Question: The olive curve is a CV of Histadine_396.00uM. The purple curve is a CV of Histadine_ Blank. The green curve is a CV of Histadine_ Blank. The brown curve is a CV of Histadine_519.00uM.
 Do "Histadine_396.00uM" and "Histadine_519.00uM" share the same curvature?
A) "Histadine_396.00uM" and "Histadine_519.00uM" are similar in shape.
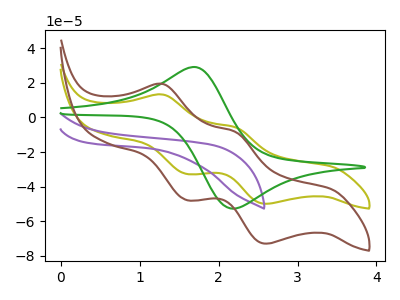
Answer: <think>The olive curve "Histadine_396.00uM" has anodic peaks at (1.30V, 13.20uA) (2.20V, -5.70uA) and cathodic peaks at (1.60V, -32.60uA) (2.60V, -49.85uA). The purple curve "Histadine_ Blank" has no peaks. The green curve "Histadine_ Blank" has an anodic peak at (1.70V, 29.05uA) and a cathodic peak at (2.20V, -52.65uA). The brown curve "Histadine_519.00uM" has anodic peaks at (1.30V, 19.30uA) (2.20V, -8.35uA) and cathodic peaks at (1.60V, -47.65uA) (2.60V, -72.85uA).
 All the peaks in "Histadine_396.00uM" have a peak in "Histadine_519.00uM" at the same potential.</think>
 <answer>A) "Histadine_396.00uM" and "Histadine_519.00uM" are similar in shape.</answer>
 <eval>A</eval>